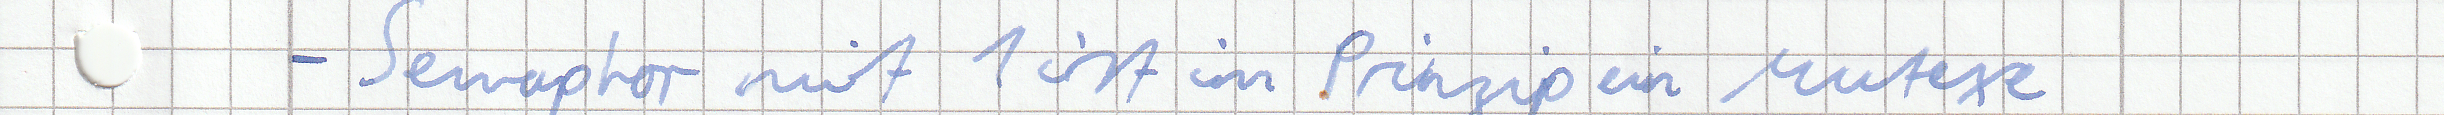
- Semaphor mit 1 ist im Prinzip ein Mutexe